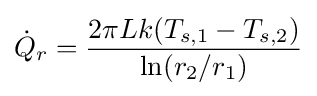
{{\dot {Q}}_{r}={2\pi Lk(T_{s,1}-T_{s,2}) \over \ln(r_{2}/r_{1})}}